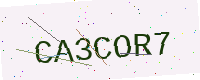
Text: CA3COR7